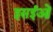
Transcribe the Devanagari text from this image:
इसईओं